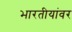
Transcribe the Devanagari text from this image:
भारतीयांवर